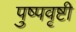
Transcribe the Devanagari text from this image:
पुष्पवृष्टी